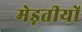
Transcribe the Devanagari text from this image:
मेड़तीयों